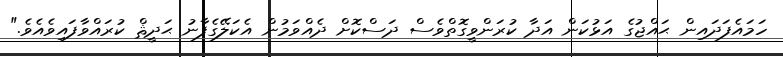
ހަމައެފަދައިން ޙައްޖުގެ އަޅުކަން އަދާ ކުރަންވީގޮތްވެސް ދަސްކޮށް ދެއްވަމުން އެކަލޭގެފާނު ޙަދީޘް ކުރައްވާފައިވެއެވެ."